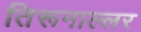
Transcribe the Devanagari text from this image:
तिरूनाल्लर